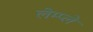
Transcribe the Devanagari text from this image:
लेम्प्ले